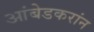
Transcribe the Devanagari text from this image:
आंबेडकरांन